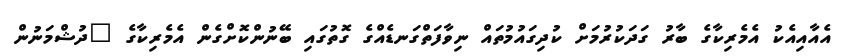
އެއާއިއެކު އެމެރިކާގެ ބާރު ގަދަކުރުމަށް ކުދިގައުމުތައް ނިވާފަތްގަނޑެއްގެ ގޮތުގައި ބޭނުންކޮށްގެން އެމެރިކާގެ "ދުޝްމަނުން